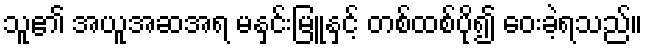
သူ၏ အယူအဆအရ မနှင်းမြူနှင့် တစ်ထစ်ပို၍ ဝေးခဲ့ရသည်။